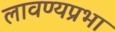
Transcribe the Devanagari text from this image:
लावण्यप्रभा